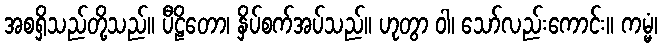
အစရှိသည်တို့သည်။ ပီဠိတော၊ နှိပ်စက်အပ်သည်။ ဟုတွာ ဝါ၊ သော်လည်းကောင်း။ ကမ္မံ၊